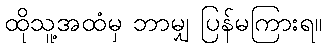
ထိုသူ့အထံမှ ဘာမျှ ပြန်မကြားရ။